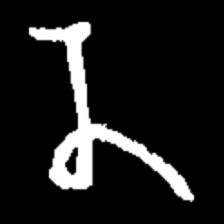
Pyu character \u2014 Myanmar letter: န (romanized: na)